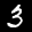
Label: 3